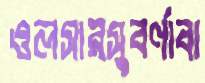
ওলসারসুবর্ণাবা